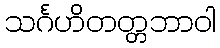
သင်္ဂဟိတတ္တဘာဝါ